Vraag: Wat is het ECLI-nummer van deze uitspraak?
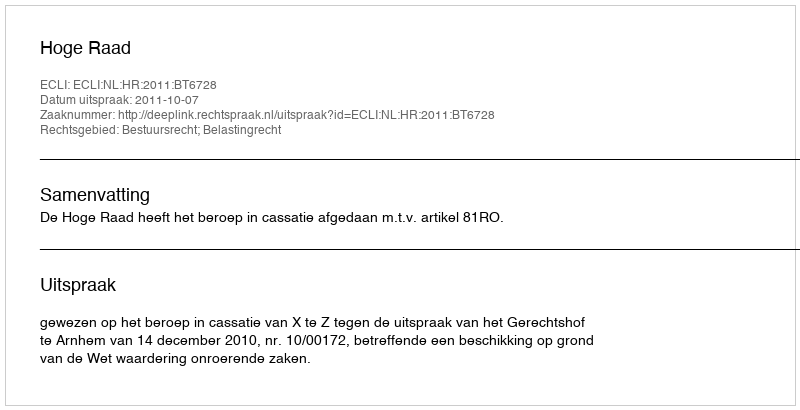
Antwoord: ECLI:NL:HR:2011:BT6728